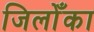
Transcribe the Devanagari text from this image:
जिलोँका